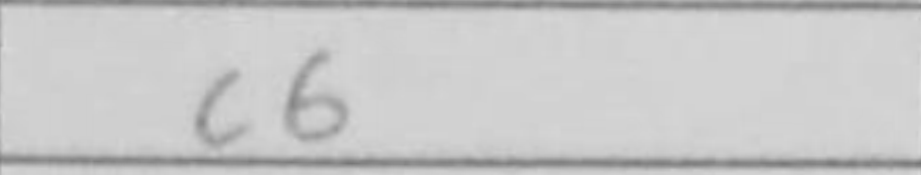
Transcription: c6